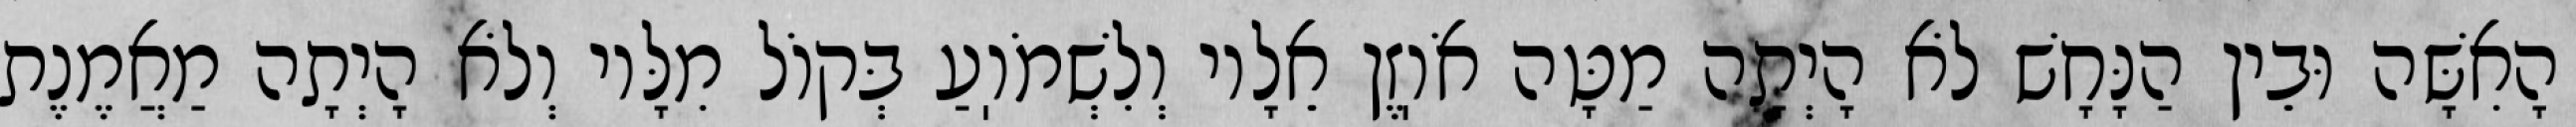
הָאִשָּׁה וּבֵין הַנָּחָשׁ לֹא הָיְתָה מַטָּה אֹוֽזֶן אֵלָיו וְלִשְׁמֹוֽעַ בְּקוֹל מִלָּיו וְלֹא הָיְתָה מַאֲמֶנֶת